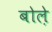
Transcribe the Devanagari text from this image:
बोले़